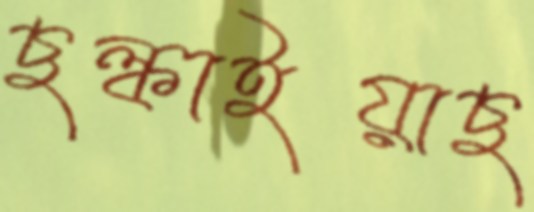
ছল্‌কাইয়াছ